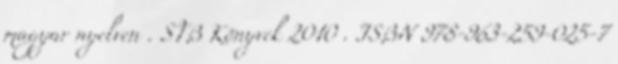
magyar nyelven . STB Könyvek 2010 . ISBN 978-963-259-025-7